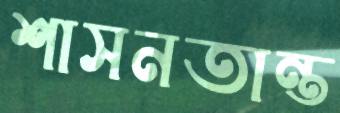
শাসনতান্ত